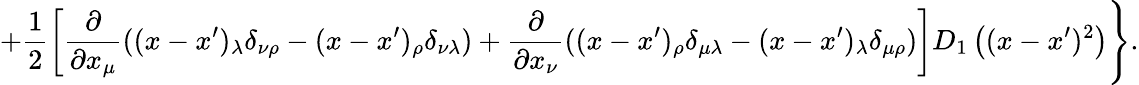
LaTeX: +\frac 12\left[\frac{\partial}{\partial x_{\mu}}((x-x^{\prime})_{\lambda}\delta_{\nu\rho}-(x-x^{\prime})_{\rho}\delta_{\nu\lambda})+\frac{\partial}{\partial x_{\nu}}((x-x^{\prime})_{\rho}\delta_{\mu\lambda}-(x-x^{\prime})_{\lambda}\delta_{\mu\rho})\right]D_{1}\left((x-x^{\prime})^{2}\right)\Biggr\} .